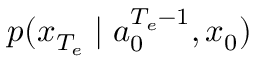
p ( x _ { { T _ { e } } } \mid a _ { 0 } ^ { { T _ { e } } - 1 } , x _ { 0 } )